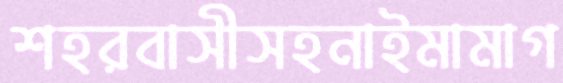
শহরবাসীসহনাইমামাগ